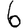
Digit: 6